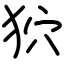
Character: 狖